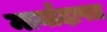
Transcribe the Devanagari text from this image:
मार्यादापत्र